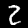
Label: 2